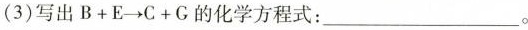
(3)写出$$B + E \rightarrow C + G$$的化学方程式：___。